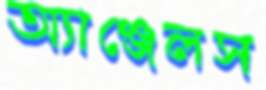
অ্যাঞ্জেলস